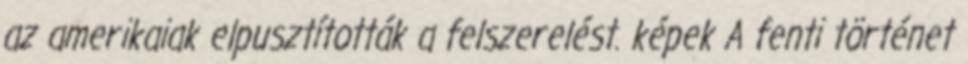
az amerikaiak elpusztították a felszerelést. képek A fenti történet